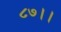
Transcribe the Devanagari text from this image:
८७।।